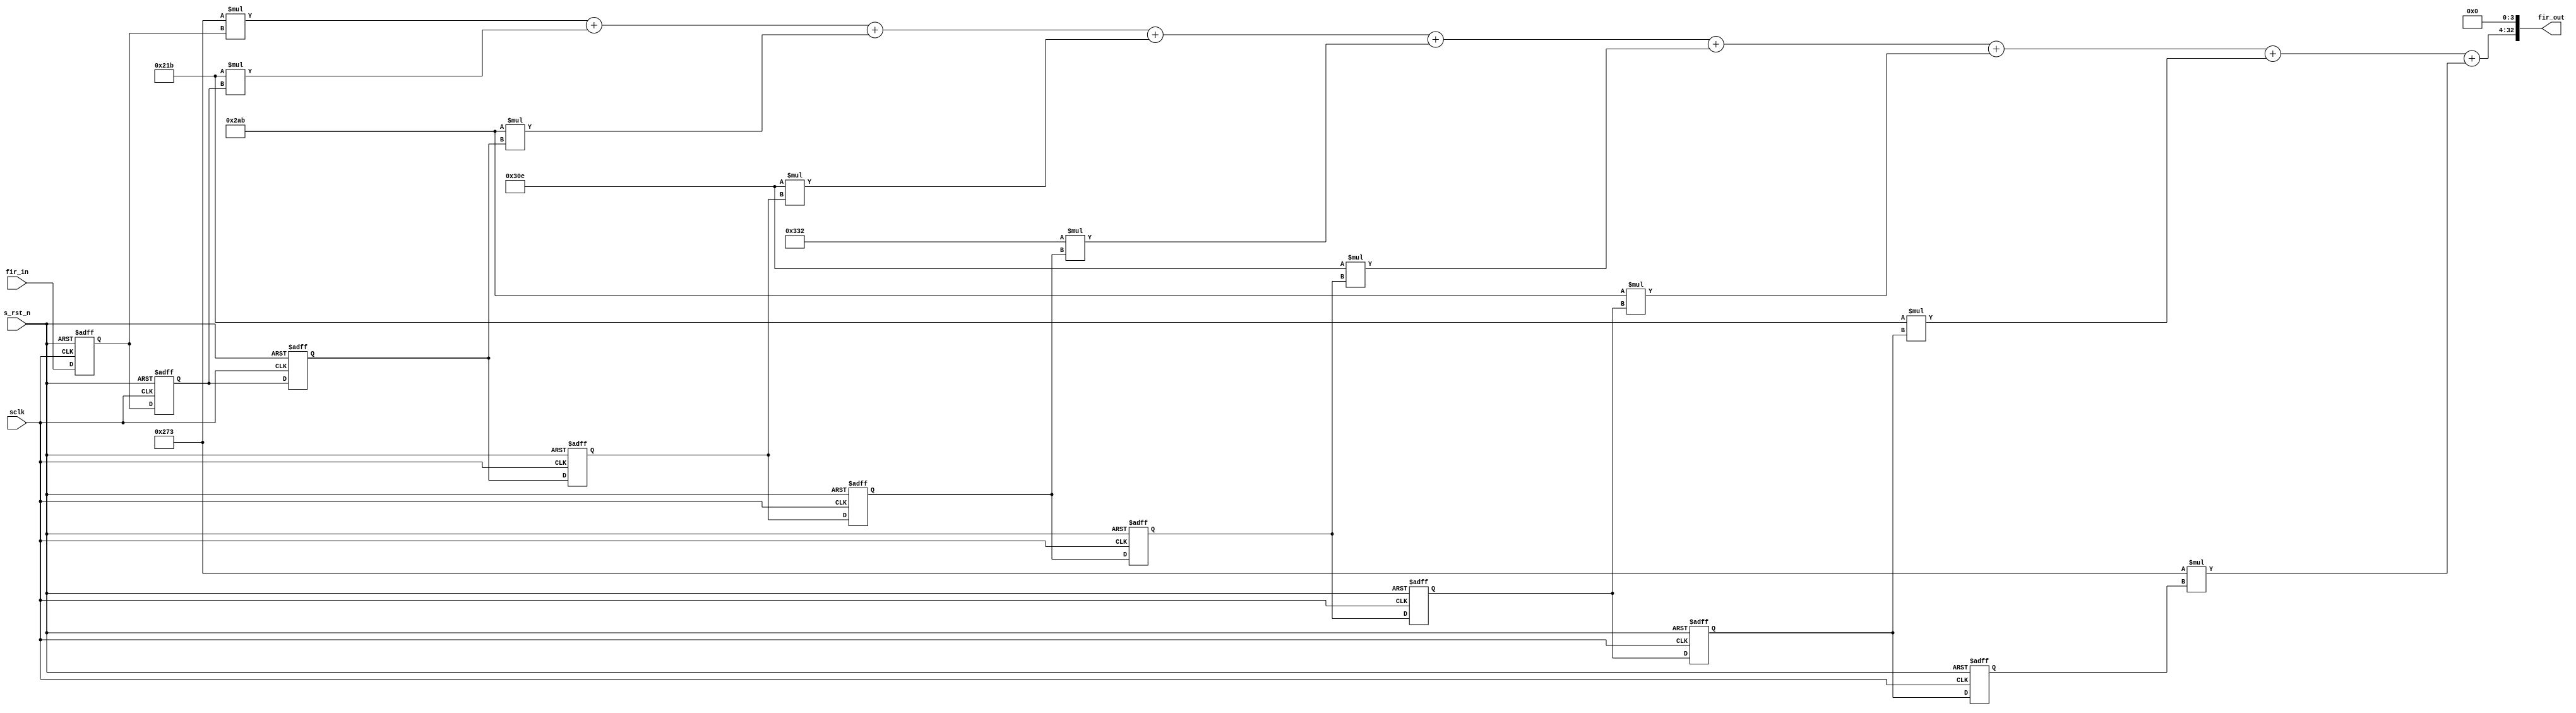
module FIR_TEST (
	//system signals
		sclk			, 
		s_rst_n			,
	//
		fir_in			,
		fir_out

);
    parameter			IN_DATAWIDTH		=	16		;	//
    parameter			OUT_WIDTH			=	33		;	//
    parameter			COEFF_WIDTH			=	16		;	//
    parameter			ORDER				=	8		;	//

    parameter			COF0				=	16'd627	;	//627,    539,    683,    782,    818,    782,    683,    539,    627
    parameter			COF1				=	16'd539	;
    parameter			COF2				=	16'd683	;
    parameter			COF3				=	16'd782	;
    parameter			COF4				=	16'd818	;
    parameter			COF5				=	16'd782	;
    parameter			COF6				=	16'd683	;
    parameter			COF7				=	16'd539	;
    parameter			COF8				=	16'd627	;

	integer 	i	;


    input								sclk			;
    input								s_rst_n			;
    input			[IN_DATAWIDTH-1:0]	fir_in			;
    output			[OUT_WIDTH-1:0]		fir_out			;

    reg				[IN_DATAWIDTH-1:0]	shift_reg	[0:ORDER]	;
    wire			[OUT_WIDTH-1:0]		fir_out_reg			;

    always @ (posedge sclk or negedge s_rst_n) begin
    	if(s_rst_n == 1'b0)begin
    		
    		for (i = 0; i <= ORDER; i = i + 1)
    		    begin
    		       shift_reg [i] <= 0; 
    		    end
    	end
    	else begin	
            shift_reg [0] <= fir_in;
            
            for (i = 0; i <= ORDER ; i = i + 1)
                begin
                    shift_reg [i+1] <= shift_reg[i];
                end
        end
    end

    assign fir_out_reg = COF0*shift_reg[0]+COF1*shift_reg[1]+COF2*shift_reg[2]
    					+COF3*shift_reg[3]+COF4*shift_reg[4]
    					+COF5*shift_reg[5]
    					+COF6*shift_reg[6]+COF7*shift_reg[7]
    					+COF8*shift_reg[8];

    assign fir_out = fir_out_reg<<4;
endmodule